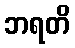
ဘရတိ